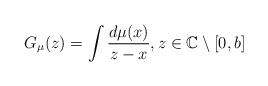
LaTeX: \begin{align*}G_\mu(z)=\int\frac{d\mu(x)}{z-x},z\in\mathbb C\setminus[0,b]\end{align*}